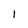
Character: 1